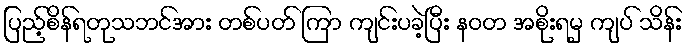
ပြည့်စိန်ရတုသဘင်အား တစ်ပတ် ကြာ ကျင်းပခဲ့ပြီး နဝတ အစိုးရမှ ကျပ် သိန်း